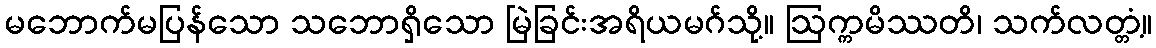
မဘောက်မပြန်သော သဘောရှိသော မြဲခြင်းအရိယမဂ်သို့။ ဩက္ကမိဿတိ၊ သက်လတ္တံ့။